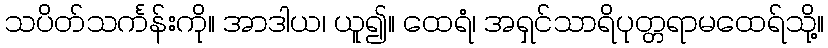
သပိတ်သင်္ကန်းကို။ အာဒါယ၊ ယူ၍။ ထေရံ၊ အရှင်သာရိပုတ္တရာမထေရ်သို့။